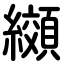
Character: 纐